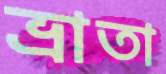
ভ্রাতা